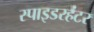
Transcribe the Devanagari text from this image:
स्पाइडरहंटर